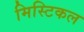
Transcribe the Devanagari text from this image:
मिस्टिकल